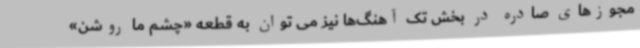
مجوزهای صادره در بخش تک آهنگ‌ها نیز می توان به قطعه «چشم ما روشن»